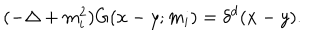
LaTeX: ( - \Delta + m _ { i } ^ { 2 } ) G ( x - y ; m _ { i } ) = \delta ^ { d } ( x - y ) .